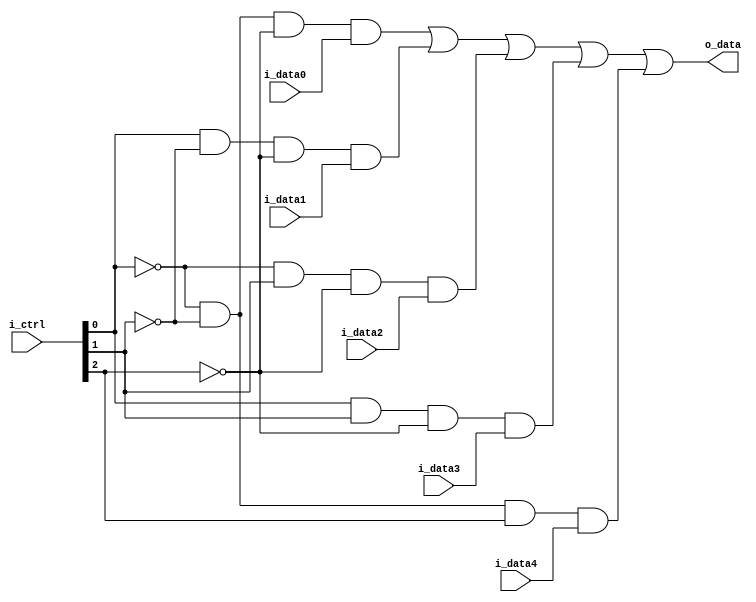
`timescale 1ns / 1ps
module bit1_mux(
i_ctrl,
i_data0,
i_data1,
i_data2,
i_data3,
i_data4,
o_data
);



input [2:0] i_ctrl;
input i_data0, i_data1, i_data2, i_data3, i_data4;

output o_data;
wire o_data0;
wire o_data1;
wire o_data2;
wire o_data3;
wire o_data4;
wire inv_i_ctrl0;
wire inv_i_ctrl1;
wire inv_i_ctrl2;
wire i_ctrl0;
wire i_ctrl1;
wire i_ctrl2;

assign i_ctrl0 =  i_ctrl[0];
assign i_ctrl1 =  i_ctrl[1];
assign i_ctrl2 =  i_ctrl[2];

assign inv_i_ctrl0 = ~i_ctrl[0];
assign inv_i_ctrl1 = ~i_ctrl[1];
assign inv_i_ctrl2 = ~i_ctrl[2]; 

assign o_data0 = inv_i_ctrl0 & inv_i_ctrl1 & inv_i_ctrl2 & i_data0;

assign o_data1 =     i_ctrl0 & inv_i_ctrl1 & inv_i_ctrl2 & i_data1;

assign o_data2 = inv_i_ctrl0 &     i_ctrl1 & inv_i_ctrl2 & i_data2;

assign o_data3 =     i_ctrl0 &     i_ctrl1 & inv_i_ctrl2 & i_data3;

assign o_data4 = inv_i_ctrl0 & inv_i_ctrl1 &     i_ctrl2 & i_data4;

assign o_data = o_data0 | o_data1 | o_data2 | o_data3 | o_data4;

endmodule